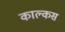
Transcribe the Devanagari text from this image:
काल्कस